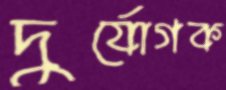
দুর্যোগক